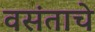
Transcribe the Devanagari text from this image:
वसंताचे